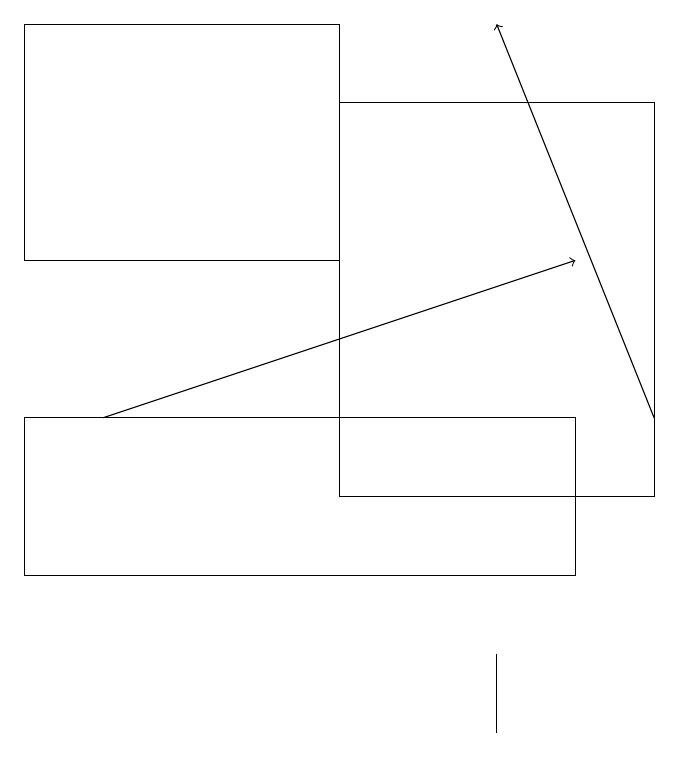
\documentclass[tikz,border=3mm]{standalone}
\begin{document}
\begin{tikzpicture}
\draw (1,12) rectangle (8,14);
\draw (1,19) rectangle (5,16);
\draw (7,10) rectangle (7,11);
\draw[->] (2,14) -- (8,16);
\draw[->] (9,14) -- (7,19);
\draw (5,13) rectangle (9,18);
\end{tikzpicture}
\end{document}